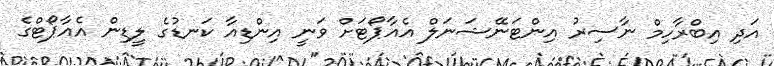
އަދި އިބްރާހިމް ނާސިރު އިންޓަނޭޝަނަލް އެއާޕޯޓަށް ވަނީ އިންޑިއާ ކަނޑުގެ ލީޑިން އެއާޕޯޓްގެ